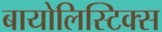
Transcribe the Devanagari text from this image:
बायोलिस्टिक्स